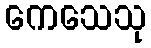
ကေသေသု